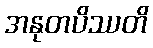
အနုတပိဿတိ